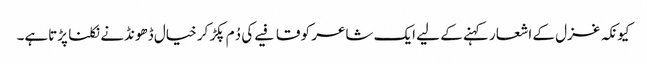
کیونکہ غزل کے اشعار کہنے کے لیے ایک شاعر کو قافیے کی دُم پکڑ کر خیال ڈھونڈنے نکلنا پڑتاہے۔